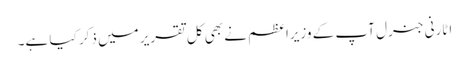
اٹارنی جنرل آپ کے وزیراعظم نے بھی کل تقریر میں ذکر کیا ہے۔